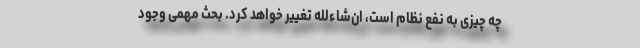
چه چیزی به نفع نظام است، ان‌شاءلله تغییر خواهد کرد. بحث مهمی وجود